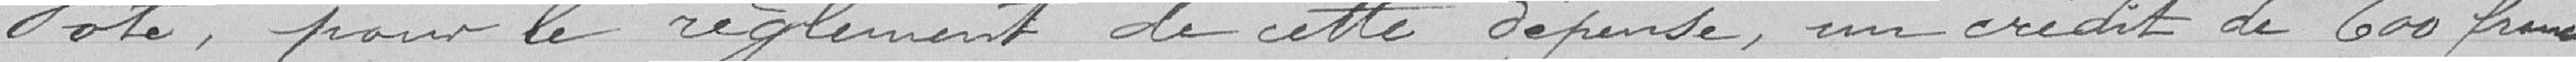
Vote pour le règlement de cette dépense, un crédit de 600 francs